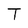
Character: T